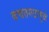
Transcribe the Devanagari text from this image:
बचतगटामुळे